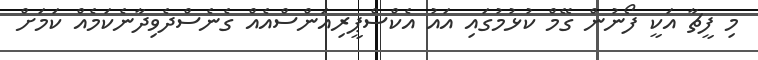
މި ފީޗާ އަކީ ފޯނުން ގޭމް ކުޅުމުގައި އައު އެކްސްޕީރިއަންސްއެއް ގެނެސްދެވިދާނެކަމެއް ކަމަށް